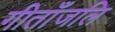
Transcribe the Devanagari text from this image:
गीताँजलि